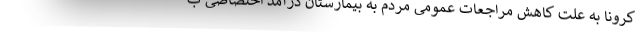
کرونا به علت کاهش مراجعات عمومی مردم به بیمارستان درآمد اختصاصی ب